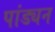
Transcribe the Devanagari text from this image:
पांड्यन